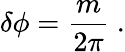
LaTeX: \delta\phi={\frac{m}{2\pi}}\ .